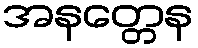
အနတ္တေန